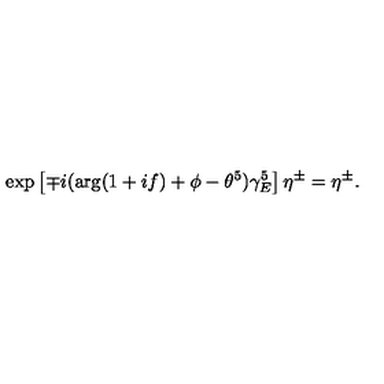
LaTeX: \exp \left[ \mp i ( \arg ( 1 + i f ) + \phi - \theta ^ { 5 } ) \gamma _ { E } ^ { 5 } \right] \eta ^ { \pm } = \eta ^ { \pm } .